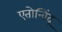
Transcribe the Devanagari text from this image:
एतोन्विंद्र